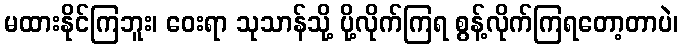
မထားနိုင်ကြဘူး၊ ဝေးရာ သုသာန်သို့ ပို့လိုက်ကြရ စွန့်လိုက်ကြရတော့တာပဲ၊